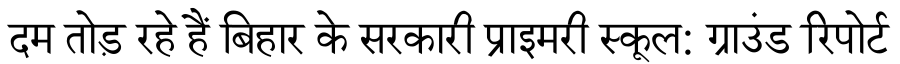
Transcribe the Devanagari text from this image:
दम तोड़ रहे हैं बिहार के सरकारी प्राइमरी स्कूल: ग्राउंड रिपोर्ट